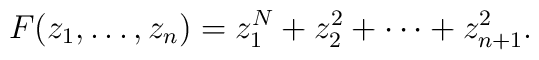
F(z_1,\ldots, z_n) = z_1^N + z_2^2+\cdots+ z_{n+1}^2 .